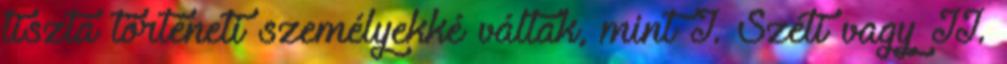
tiszta történeti személyekké váltak, mint I. Széti vagy II.